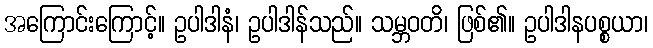
အကြောင်းကြောင့်။ ဥပါဒါနံ၊ ဥပါဒါန်သည်။ သမ္ဘဝတိ၊ ဖြစ်၏။ ဥပါဒါနပစ္စယာ၊